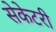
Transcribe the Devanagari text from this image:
सेकेटरी